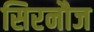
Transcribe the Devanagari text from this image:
सिरनौज